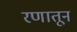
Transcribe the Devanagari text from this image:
रणातून